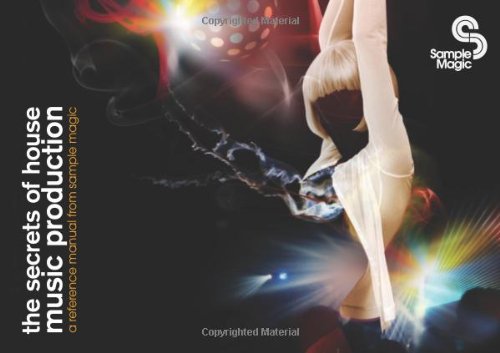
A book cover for The Secrets of House Music Production; Marc Adamo; Arts & Photography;